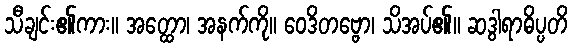
သီချင်း၏ကား။ အတ္ထော၊ အနက်ကို။ ဝေဒိတဗ္ဗော၊ သိအပ်၏။ ဆဒွါရာဓိပ္ပတိ